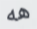
هه